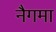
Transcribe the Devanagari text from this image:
नैगमा